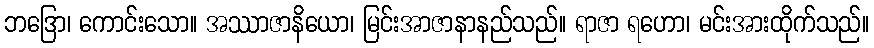
ဘဒြော၊ ကောင်းသော။ အဿာဇာနိယော၊ မြင်းအာဇာနာနည်သည်။ ရာဇာ ရဟော၊ မင်းအားထိုက်သည်။